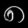
Digit: ၈